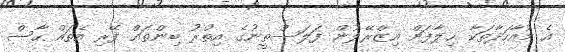
އެ މުއާހަދާތަކާ ޚިލާފަށް އިޒްރޭލުން ފަލަސްތީނުގެ އިތުރު ބިންތައް ފޭރި އެތައް ހާސް